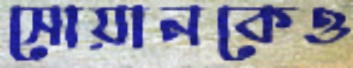
সোয়ানকেও